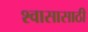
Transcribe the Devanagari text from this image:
श्वासासाठी